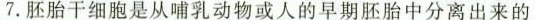
7.胚胎干细胞是从哺乳动物或人的早期胚胎中分离出来的